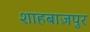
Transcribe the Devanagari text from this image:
शाहबाज़पुर